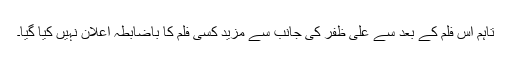
تاہم اس فلم کے بعد سے علی ظفر کی جانب سے مزید کسی فلم کا باضابطہ اعلان نہیں کیا گیا۔